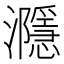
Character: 㶏